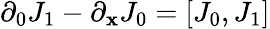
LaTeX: \partial_{0}J_{1}-\partial_{\mathbf{x}}J_{0}=[J_{0},J_{1}]